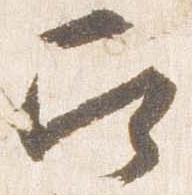
召